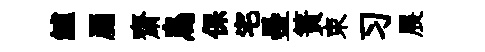
鱸罽齋鳥保宅壘簀束习展